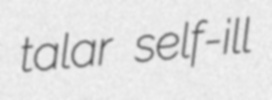
talar self-ill